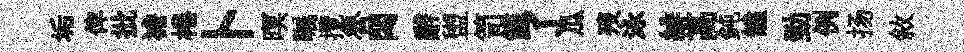
垢俾批襜棬卜暝瞩攬魯悶辭盥笥餱了瓜歿泳緋高鈍饁勁例扬敘